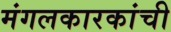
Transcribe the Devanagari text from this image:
मंगलकारकांची